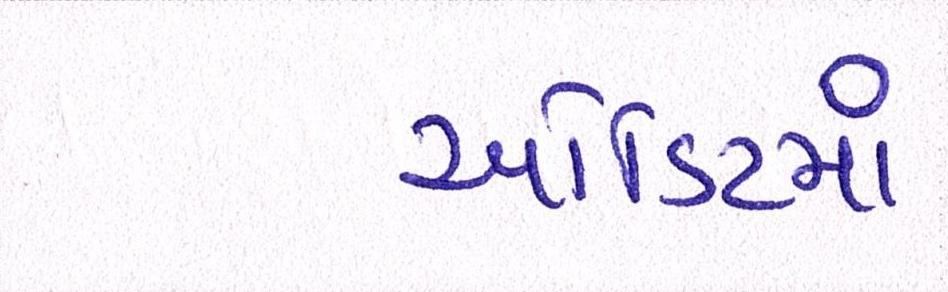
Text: ઓડિટમાં